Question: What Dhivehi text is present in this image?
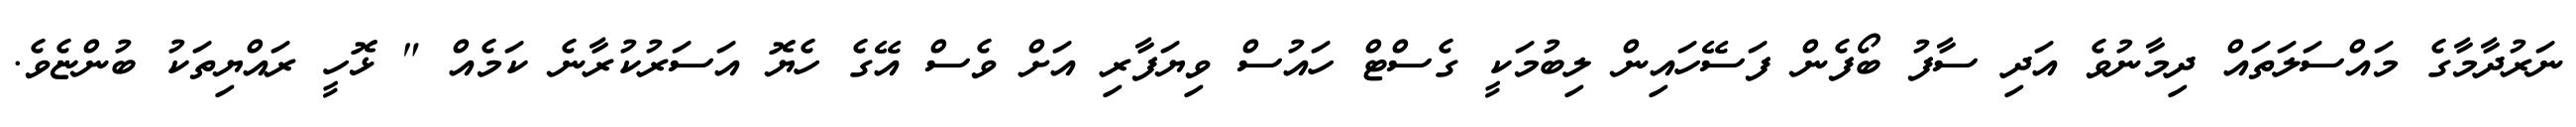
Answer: ނަރުދާމާގެ މައްސަލަތައް ދިމާނުވެ އަދި ސާފު ބޯފެން ފަސޭހައިން ލިބުމަކީ ގެސްޓް ހައުސް ވިޔަފާރި އަށް ވެސް އޭގެ ހެޔޮ އަސަރުކުރާނެ ކަމެއް " ޅޮހީ ރައްޔިތަކު ބުންޏެވެ.